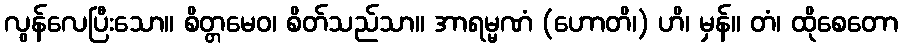
လွန်လေပြီးသော။ စိတ္တမေဝ၊ စိတ်သည်သာ။ အာရမ္မဏံ (ဟောတိ၊) ဟိ၊ မှန်။ တံ၊ ထိုစေတော